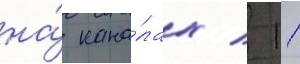
на́ кана́лах / 11